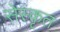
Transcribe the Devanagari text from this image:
सेस्कृत